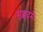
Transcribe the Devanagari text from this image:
मुक्कदमे